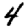
Digit: 4